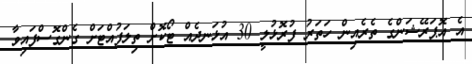
އެ އޮޕަރޭޝަންގެ ތެރެއިން ހަތަރު ފުރޮޅުލީ 30 އުޅަނދެއް ޓޯކޮށް ތިލަފުއްޓަށް ގެންގޮސްފައިވާ